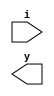
module preinfor (
    input [7:0] i,
    output [2:0] y
);
    assign y2=i[7] | i[6] | i[5] | i[4];
    assign y1=i[7] | i[6] | ~i[5]&~i[4]&i[3] | ~i[5]&~i[4]&i[2];
    assign y0=i[7] | ~i[6]&i[5] | ~i[6]&~i[4]&i[3] | ~i[6]&~i[4]&~i[2]&i[1];
endmodule